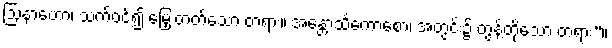
ဩနာဟော၊ သက်ဝင်၍ မြှေးတတ်သော တရား။ အန္တောသင်္ကောစော၊ အတွင်း၌ တွန့်တိုသော တရား”။